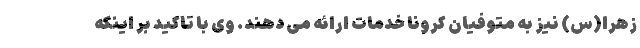
زهرا(س) نیز به متوفیان کرونا خدمات ارائه می دهند. وی با تاکید بر اینکه